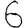
Digit: 6